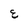
Character: E